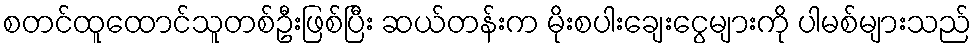
စတင်ထူထောင်သူတစ်ဦးဖြစ်ပြီး ဆယ်တန်းက မိုးစပါးချေးငွေများကို ပါမစ်များသည်